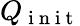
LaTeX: Q_{\mathrm{~i~n~i~t~}}